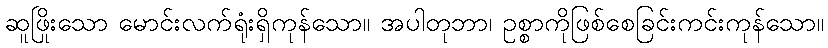
ဆူဖြိုးသော မောင်းလက်ရုံးရှိကုန်သော။ အပါတုဘာ၊ ဥစ္စာကိုဖြစ်စေခြင်းကင်းကုန်သော။